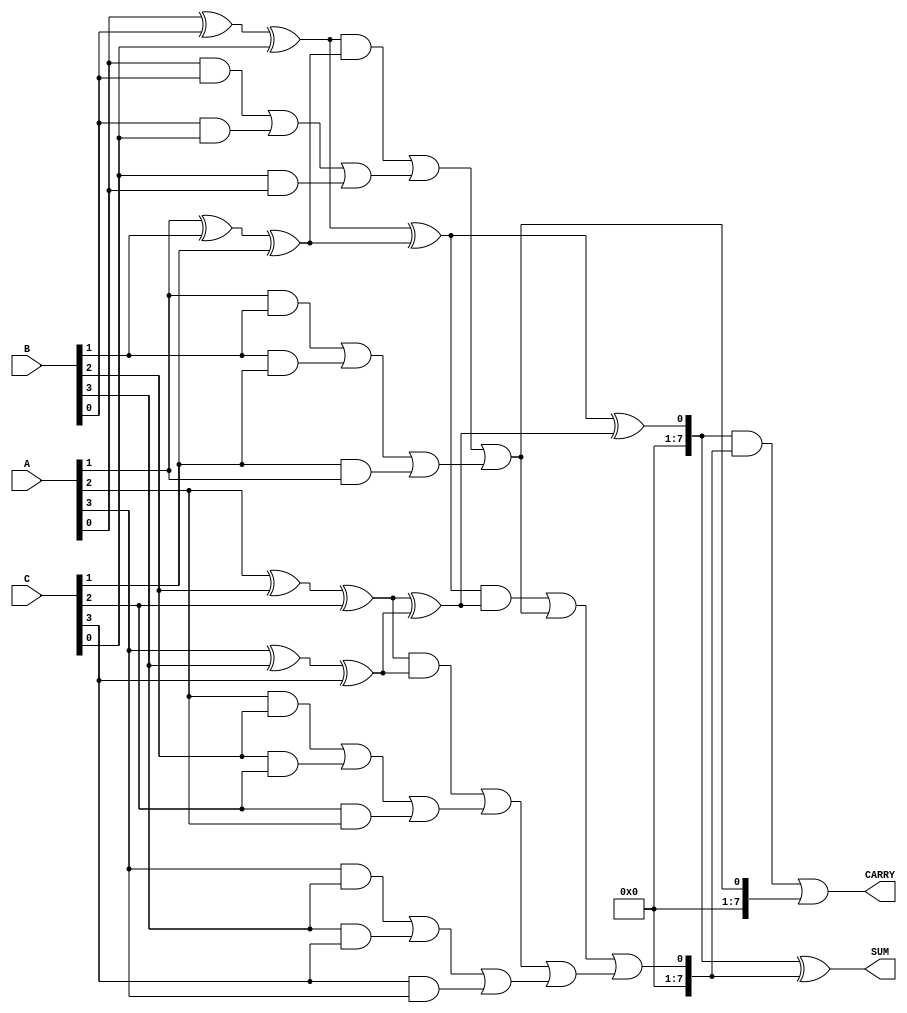
module CarrySaveAdder #(parameter N = 8) (
    input  [N-1:0] A,    // First operand
    input  [N-1:0] B,    // Second operand
    input  [N-1:0] C,    // Third operand
    output [N-1:0] SUM,   // Final sum output
    output [N-1:0] CARRY  // Final carry output
);

// Intermediate signals for partial sums and carries
wire [N-1:0] partial_sum;
wire [N-1:0] partial_carry;

// Generate partial sums and carries
genvar i;
generate
    for (i = 0; i < N; i = i + 1) begin : CSA
        assign partial_sum[i] = A[i] ^ B[i] ^ C[i]; // Partial Sum
        assign partial_carry[i] = (A[i] & B[i]) | (B[i] & C[i]) | (C[i] & A[i]); // Partial Carry
    end
endgenerate

// Reduction tree to combine partial sums and carries
wire [N-1:0] sum_stage1 [0:N/2-1]; // First stage sums
wire [N-1:0] carry_stage1 [0:N/2-1]; // First stage carries
wire [N-1:0] sum_stage2 [0:N/4-1]; // Second stage sums
wire [N-1:0] carry_stage2 [0:N/4-1]; // Second stage carries

// First reduction stage
generate
    for (i = 0; i < N/2; i = i + 1) begin : REDUCTION_STAGE1
        assign sum_stage1[i] = partial_sum[2*i] ^ partial_sum[2*i + 1];
        assign carry_stage1[i] = (partial_sum[2*i] & partial_sum[2*i + 1]) | partial_carry[2*i] | partial_carry[2*i + 1];
    end
endgenerate

// Second reduction stage (if applicable)
generate
    if (N > 2) begin
        for (i = 0; i < N/4; i = i + 1) begin : REDUCTION_STAGE2
            assign sum_stage2[i] = sum_stage1[2*i] ^ sum_stage1[2*i + 1];
            assign carry_stage2[i] = (sum_stage1[2*i] & sum_stage1[2*i + 1]) | carry_stage1[2*i] | carry_stage1[2*i + 1];
        end
    end
endgenerate

// Final sum and carry output
assign SUM = (N > 2) ? sum_stage2[0] ^ carry_stage2[0] : sum_stage1[0] ^ partial_carry[0];
assign CARRY = (N > 2) ? (sum_stage2[0] & carry_stage2[0]) | carry_stage1[0] : carry_stage1[0];

endmodule